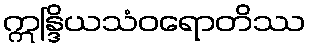
ဣန္ဒြိယသံဝရောတိဿ